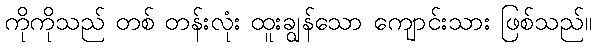
ကိုကိုသည် တစ် တန်းလုံး ထူးချွန်သော ကျောင်းသား ဖြစ်သည်။